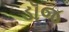
ડૉજ